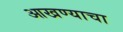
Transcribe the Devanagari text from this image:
आखण्याचा